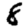
Digit: 8